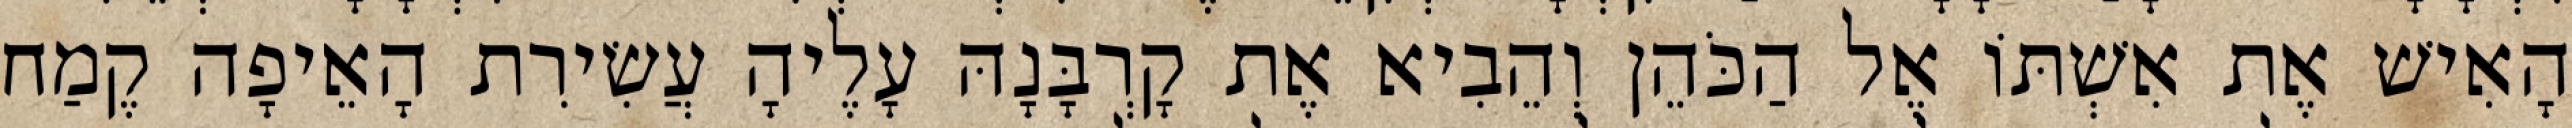
הָאִישׁ אֶת אִשְׁתּוֹ אֶל הַכֹּהֵן וְהֵבִיא אֶת קָרְבָּנָהּ עָלֶיהָ עֲשִׂירִת הָאֵיפָה קֶמַח